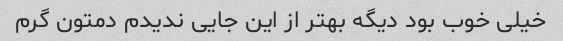
خیلی خوب بود دیگه بهتر از این جایی ندیدم دمتون گرم